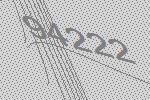
94222